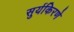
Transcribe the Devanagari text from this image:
सुर्यकिरणे